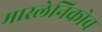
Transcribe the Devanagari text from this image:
मास्लेनिकोव